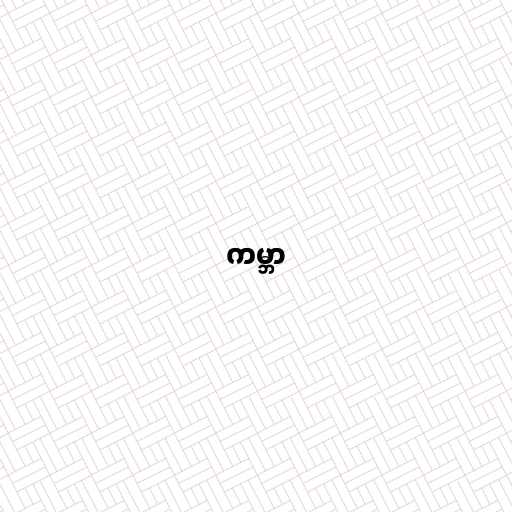
ကမ္ဘာ